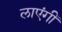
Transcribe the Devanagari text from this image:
लाएंगीं